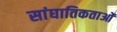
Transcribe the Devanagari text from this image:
सांघातिकताओं